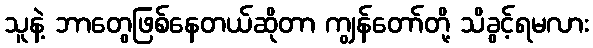
သူနဲ့ ဘာတွေဖြစ်နေတယ်ဆိုတာ ကျွန်တော်တို့ သိခွင့်ရမလား